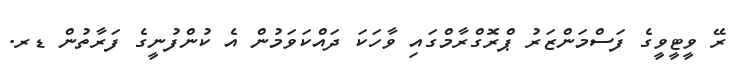
ރޭ ވީޓީވީގެ ފަސްމަންޒަރު ޕްރޮގްރާމްގައި ވާހަކަ ދައްކަވަމުން އެ ކުންފުނީގެ ފަރާތުން ޑރ.